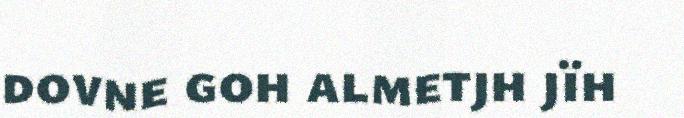
dovne goh almetjh jïh